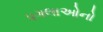
પગલાઓનો